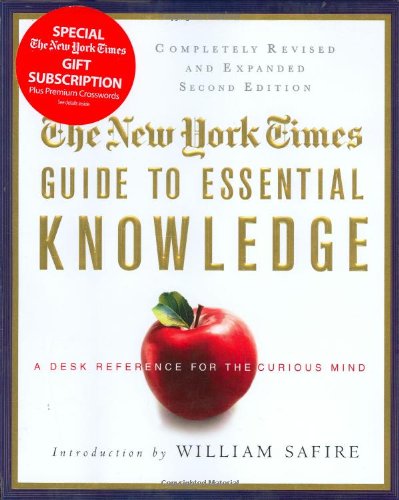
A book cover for The New York Times Guide to Essential Knowledge, Second Edition: A Desk Reference for the Curious Mind; The New York Times; Humor & Entertainment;